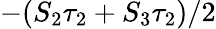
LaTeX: -(S_{2}\tau_{2}+S_{3}\tau_{2})/2